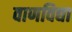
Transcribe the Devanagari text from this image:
वाणविद्या